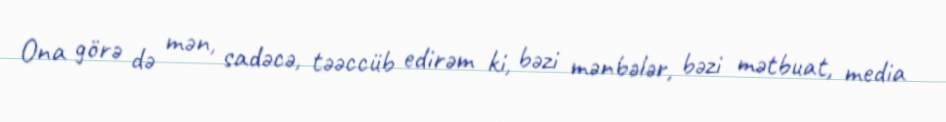
Ona görə də mən, sadəcə, təəccüb edirəm ki, bəzi mənbələr, bəzi mətbuat, media